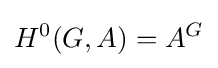
H^{0}(G,A)=A^{G}